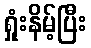
ရှုံးနိမ့်ပြီး